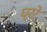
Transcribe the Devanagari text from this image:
घ्ररे